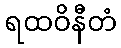
ရထဝိနီတံ